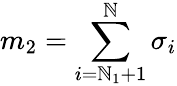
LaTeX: m_{2}=\sum_{i=\mathbb{N}_{1}+1}^{\mathbb{N}}\sigma_{i}